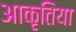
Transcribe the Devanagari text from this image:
आकृतिया